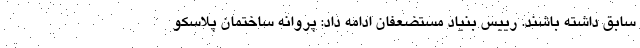
سابق داشته باشند. رییس بنیاد مستضعفان ادامه داد: پروانه ساختمان پلاسکو